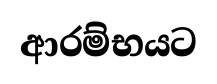
ආරම්භයට